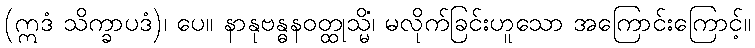
(ဣဒံ သိက္ခာပဒံ)၊ ပေ။ နာနုဗန္ဓနဝတ္ထုသ္မိံ၊ မလိုက်ခြင်းဟူသော အကြောင်းကြောင့်။